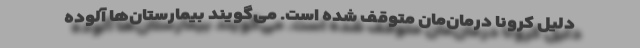
دلیل کرونا درمان‌مان متوقف‌ شده‌ است. می‌گویند بیمارستان‌ها آلوده